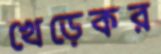
খেড়েকর